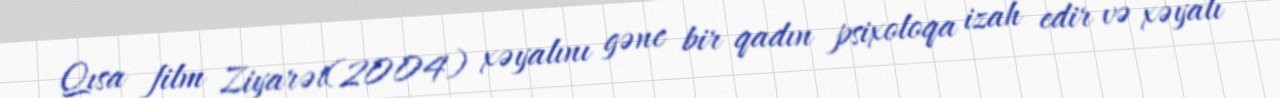
Qısa film Ziyarət(2004) xəyalını gənc bir qadın psixoloqa izah edir və xəyalı